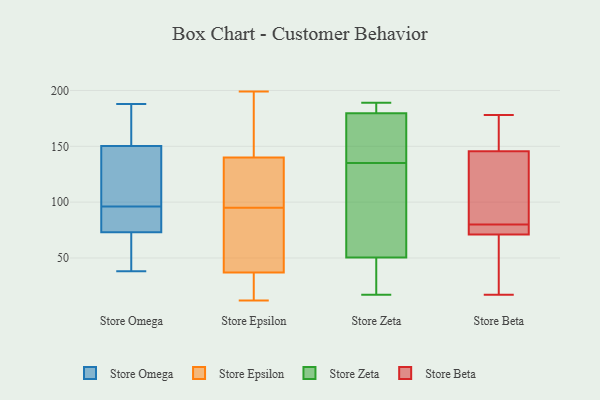
{"axis": {"x": "Energy Usage (MWh)", "y": "Value"}, "legend": ["Store Beta", "Store Epsilon", "Store Omega", "Store Zeta"], "data": [{"x": "", "y": 188, "type": "Store Omega"}, {"x": "", "y": 151, "type": "Store Omega"}, {"x": "", "y": 116, "type": "Store Omega"}, {"x": "", "y": 62, "type": "Store Omega"}, {"x": "", "y": 85, "type": "Store Omega"}, {"x": "", "y": 92, "type": "Store Omega"}, {"x": "", "y": 177, "type": "Store Omega"}, {"x": "", "y": 69, "type": "Store Omega"}, {"x": "", "y": 38, "type": "Store Omega"}, {"x": "", "y": 96, "type": "Store Omega"}, {"x": "", "y": 148, "type": "Store Omega"}, {"x": "", "y": 199, "type": "Store Epsilon"}, {"x": "", "y": 12, "type": "Store Epsilon"}, {"x": "", "y": 33, "type": "Store Epsilon"}, {"x": "", "y": 37, "type": "Store Epsilon"}, {"x": "", "y": 93, "type": "Store Epsilon"}, {"x": "", "y": 97, "type": "Store Epsilon"}, {"x": "", "y": 65, "type": "Store Epsilon"}, {"x": "", "y": 107, "type": "Store Epsilon"}, {"x": "", "y": 158, "type": "Store Epsilon"}, {"x": "", "y": 140, "type": "Store Epsilon"}, {"x": "", "y": 127, "type": "Store Zeta"}, {"x": "", "y": 183, "type": "Store Zeta"}, {"x": "", "y": 143, "type": "Store Zeta"}, {"x": "", "y": 189, "type": "Store Zeta"}, {"x": "", "y": 176, "type": "Store Zeta"}, {"x": "", "y": 188, "type": "Store Zeta"}, {"x": "", "y": 149, "type": "Store Zeta"}, {"x": "", "y": 17, "type": "Store Zeta"}, {"x": "", "y": 68, "type": "Store Zeta"}, {"x": "", "y": 33, "type": "Store Zeta"}, {"x": "", "y": 32, "type": "Store Zeta"}, {"x": "", "y": 77, "type": "Store Zeta"}, {"x": "", "y": 78, "type": "Store Beta"}, {"x": "", "y": 174, "type": "Store Beta"}, {"x": "", "y": 76, "type": "Store Beta"}, {"x": "", "y": 66, "type": "Store Beta"}, {"x": "", "y": 73, "type": "Store Beta"}, {"x": "", "y": 82, "type": "Store Beta"}, {"x": "", "y": 160, "type": "Store Beta"}, {"x": "", "y": 85, "type": "Store Beta"}, {"x": "", "y": 178, "type": "Store Beta"}, {"x": "", "y": 131, "type": "Store Beta"}, {"x": "", "y": 69, "type": "Store Beta"}, {"x": "", "y": 17, "type": "Store Beta"}]}